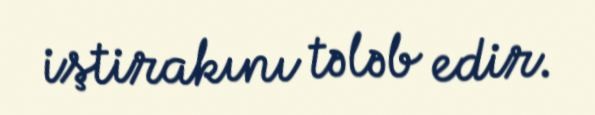
iştirakını tələb edir.